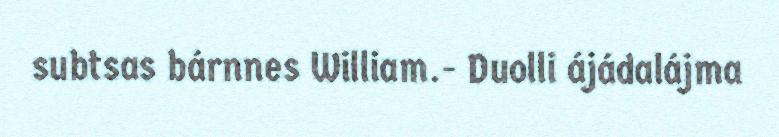
subtsas bárnnes William.- Duolli ájádalájma